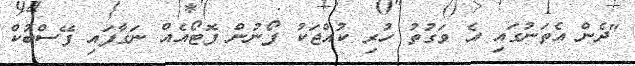
"ދެން އެތަނުގައި އެ ވަގުތު ހުރި ކުއްޖަކު ފޯނުން ފޮޓޯއެއް ނަގާފައި ފޭސްބުކް